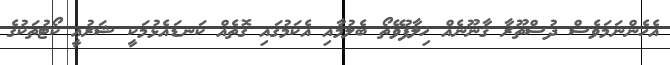
އެހެންނަމަވެސް ދުސްތޫރާ ޤާނޫނެއް ޚިލާފުވޭތޯ ބެލުމާއި އެކަމުގައި ގޮތެއް ކަނޑައެޅުމަކީ ޝަރުޢީ ކޯޓުތަކުގެ